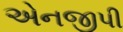
એનજીપી